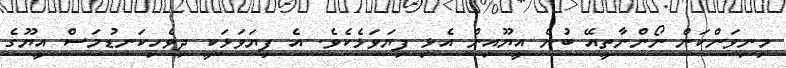
މިނިވަންކަން ނޯންނާތީއޭ ބުނެ އީޔޫއިން އެޅި ފިޔަވަޅެކެވެ. އެ ފިޔަވަޅަކީ ދިވެހިކަނޑުމަސް އީޔޫގެ